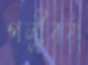
পল্লীবর্ষা